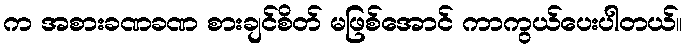
က အစားခဏခဏ စားချင်စိတ် မဖြစ်အောင် ကာကွယ်ပေးပါတယ်။